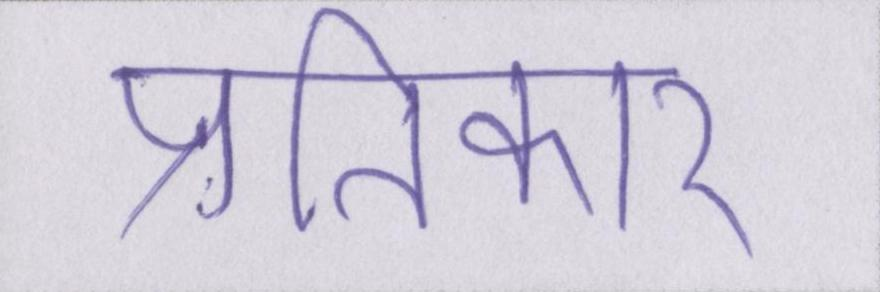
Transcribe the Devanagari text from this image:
प्रतिकार